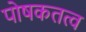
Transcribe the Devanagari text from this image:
पोषकतत्व